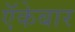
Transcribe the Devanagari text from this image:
ऍकेबार